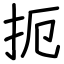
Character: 扼